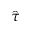
\hat { \tau }